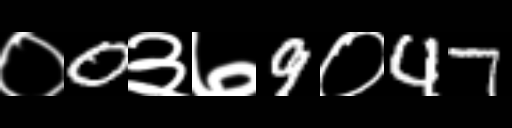
Text: ०0३७9०47